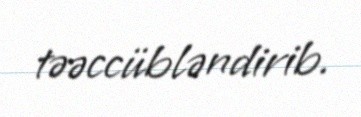
təəccübləndirib.